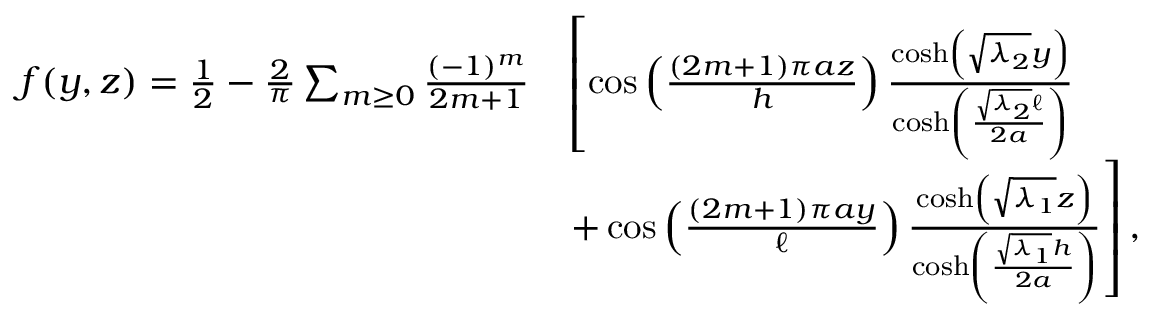
\begin{array} { r l } { f ( y , z ) = \frac { 1 } { 2 } - \frac { 2 } { \pi } \sum _ { m \geq 0 } \frac { ( - 1 ) ^ { m } } { 2 m + 1 } } & { \left[ \cos \left( \frac { ( 2 m + 1 ) \pi a z } { h } \right) \frac { \cosh \left( \sqrt { \lambda _ { 2 } } y \right) } { \cosh \left( \frac { \sqrt { \lambda _ { 2 } } \ell } { 2 a } \right) } \right. } \\ & { \left. + \cos \left( \frac { ( 2 m + 1 ) \pi a y } { \ell } \right) \frac { \cosh \left( \sqrt { \lambda _ { 1 } } z \right) } { \cosh \left( \frac { \sqrt { \lambda _ { 1 } } h } { 2 a } \right) } \right] , } \end{array}